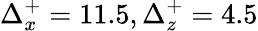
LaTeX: \Delta_{x}^{+}=11.5,\Delta_{z}^{+}=4.5